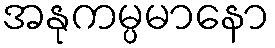
အနုကမ္ပမာနော